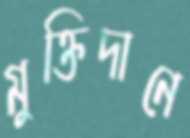
মুক্তিদানে